Annual report on the mental hospital in the Central Provinces and Berar (Nagpur) - 1927-1951
Year: 1927
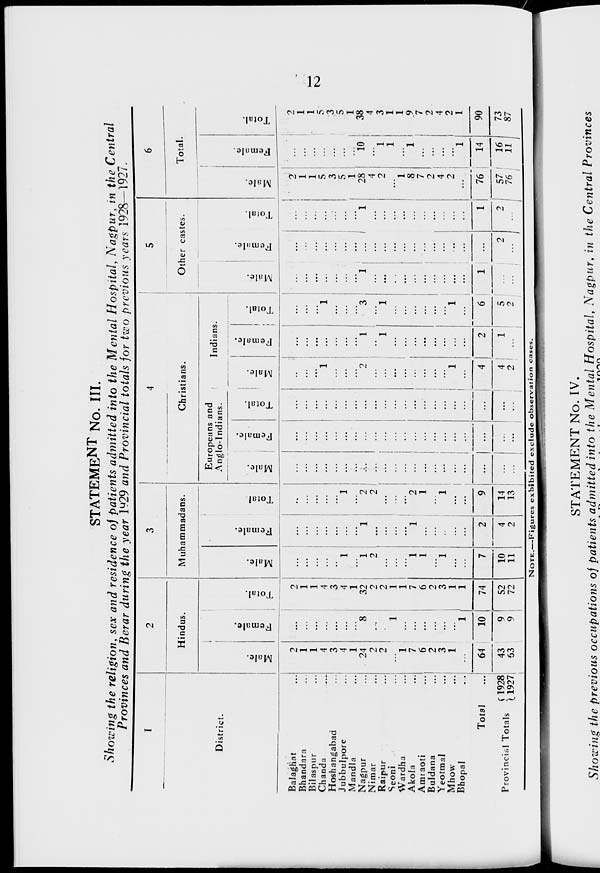
12
STATEMENT No. III.
Showing the religion, sex and residence of patients admitted into the Mental Hospital, Nagpur, in the Central
Provinces and Berar during the year 1929 and Provincial totals for two previous years 1928—1927.
1
District.
Balaghat ...
Bhandara ...
Bilaspur ...
Chanda
...
Hoshangabad ...
Jubbulpore ...
Mandla ...
Nagpur ...
Nimar ...
Raipur ...
Seoni ...
Wardha ...
Akola ...
Amraoti ...
Buldana ...
Yeotmal ...
Mhow ...
Bhopal
...
Total ...
Provincial Totals
1928
1927
2
Hindus.
Male.
2
1
1
4
3
4
1
24
2
...
...
1
7
6
2
3
1
...
64
43
63
Female.
...
...
...
...
...
...
...
8
...
1
1
...
...
...
...
...
...
1
10
9
9
Total.
2
1
1
4
3
4
1
32
2
1
1
1
7
6
2
3
1
1
74
52
72
3
Muhammadans.
Male.
...
...
...
...
...
1
...
1
2
...
...
...
1
1
...
1
...
...
7
10
11
Female.
...
...
...
...
...
...
...
1
...
...
...
...
1
...
...
...
...
...
2
4
2
Total.
...
...
...
...
...
1
...
2
2
...
...
...
2
1
...
1
...
...
9
14
13
4
Christians.
Europeans and
Anglo-Indians.
Male.
...
...
...
...
...
...
...
...
...
...
...
...
...
...
...
...
...
...
...
...
...
Female.
...
...
...
...
...
...
...
...
...
...
...
...
...
...
...
...
...
...
...
...
...
Total.
...
...
...
...
...
...
...
...
...
...
...
...
...
...
...
...
...
...
...
...
...
Indians.
Male.
...
...
...
1
...
...
...
2
...
...
...
...
...
...
...
...
1
...
4
4
2
Female.
...
...
...
...
...
...
...
1
...
1
...
...
...
...
...
...
...
...
2
1
...
Total.
...
...
...
1
...
...
...
3
...
1
...
...
...
...
...
...
1
...
6
5
2
5
Other castes.
Male.
...
...
...
...
...
...
...
1
...
...
...
...
...
...
...
...
...
...
1
...
...
Female.
...
...
...
...
...
...
...
...
...
...
...
...
...
...
...
...
...
...
...
2
...
Total.
...
...
...
...
...
...
...
1
...
...
...
...
...
...
...
...
...
...
1
2
...
6
Total.
Male.
2
1
1
5
3
5
1
28
4
2
...
1
8
7
2
4
2
...
76
57
76
Female.
...
...
...
...
...
...
...
10
...
1
1
...
1
...
...
...
...
1
14
16
11
Total.
2
1
1
5
3
5
1
38
4
3
1
1
9
7
2
4
2
1
90
73
87
NOTE.—Figures exhibited exclude observation cases.